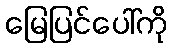
မြေပြင်ပေါ်ကို